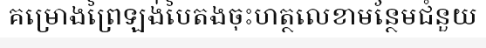
គម្រោងព្រៃឡង់បៃតងចុះហត្ថលេខាមន្ថែមជំនួយ